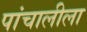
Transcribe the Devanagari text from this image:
पांचालीला